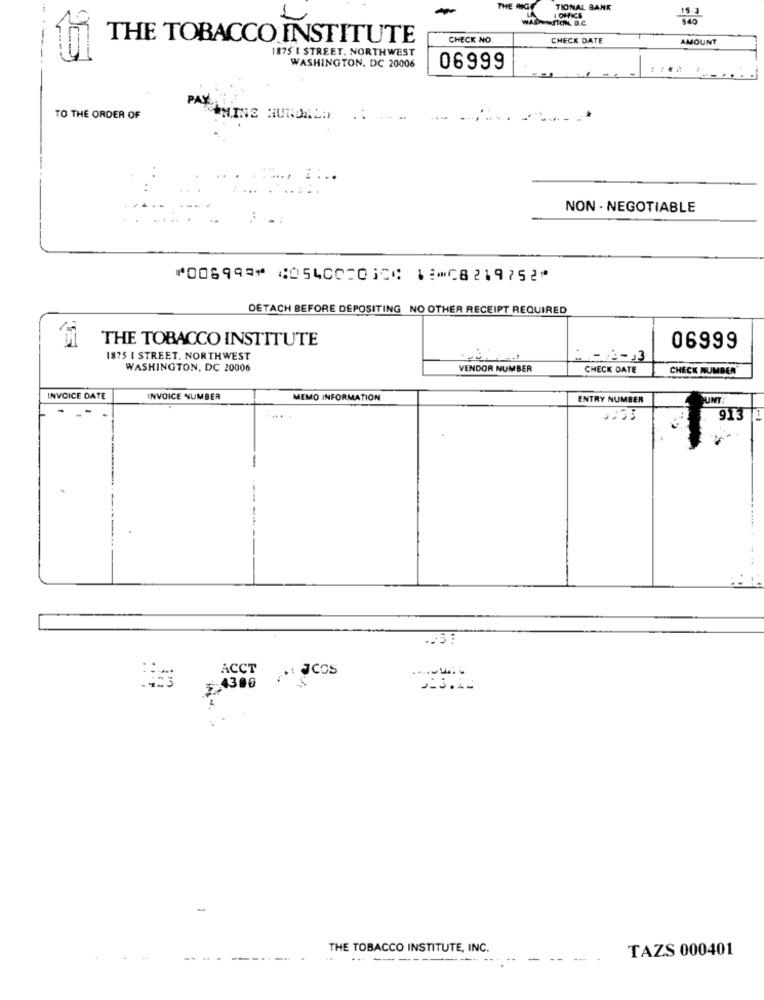
THE
I OFFICE
TIONAL BANK
THE TOBACCO INSTITUTE
CHECK NO
CHECK DATE
AMOUNT
1875 I STREET. NORTHWEST
WASHINGTON, DC 20006
06999
PAS
TO THE ORDER OF
MINS HUNDALD
NON - NEGOTIABLE
⑈006999⑈ ⑆054002010⑆ 12⑉08219752⑈
DETACH BEFORE DEPOSITING NO OTHER RECEIPT REQUIRED
THE TOBACCO INSTITUTE
06999
1875 I STREET. NORTHWEST
- 22-93
WASHINGTON, DC 20006
VENDOR NUMBER
CHECK DATE
CHECK NUMBER"
INVOICE DATE
INVOICE NUMBER
MEMO INFORMATION
ENTRY NUMBER
PUNT
ACCT
. JCOS
5:4300
..
-
THE TOBACCO INSTITUTE, INC.
TAZS 000401
...